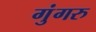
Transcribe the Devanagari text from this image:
गुंगरु